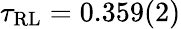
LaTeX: \tau_{\mathrm{{RL}}}=0.359(2)